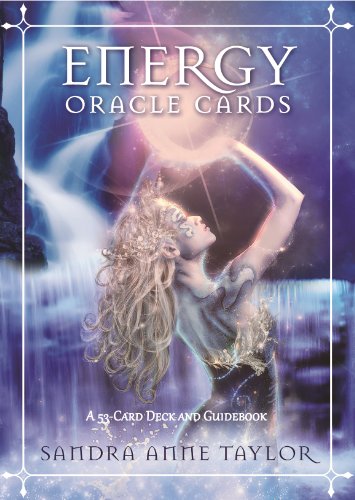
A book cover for Energy Oracle Cards: A 53-Card Deck and Guidebook; Sandra Anne Taylor; Religion & Spirituality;